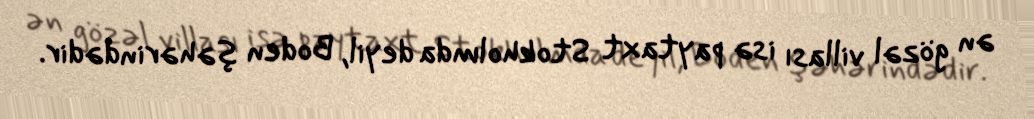
ən gözəl villası isə paytaxt Stokholmda deyil, Boden şəhərindədir.